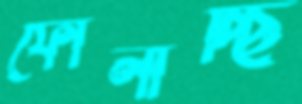
ফোলাচ্ছি